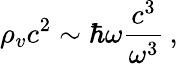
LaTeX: \rho_{v}c^{2}\sim\hbar\omega\frac{c^{3}}{\omega^{3}}\, ,